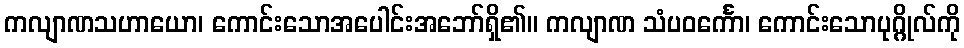
ကလျာဏသဟာယော၊ ကောင်းသောအပေါင်းအဘော်ရှိ၏။ ကလျာဏ သံပဝင်္ကော၊ ကောင်းသောပုဂ္ဂိုလ်ကို